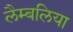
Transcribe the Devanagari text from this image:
लैम्बलिया